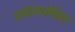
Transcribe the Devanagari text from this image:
आरोग्यसेविका